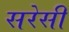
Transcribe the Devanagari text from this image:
सरेसी